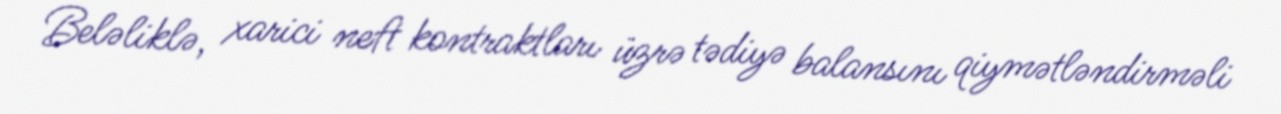
Beləliklə, xarici neft kontraktları üzrə tədiyə balansını qiymətləndirməli